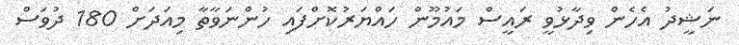
ނަޝީދު އެހެން ވިދާޅުވީ ރައީސް މައުމޫން ހައްޔަރުކޮށްފައި ހުންނަވާތާ މިއަދަށް 180 ދުވަސް